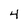
Character: 4